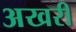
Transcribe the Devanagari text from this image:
अखरी